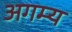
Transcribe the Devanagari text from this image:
अगम्‍य